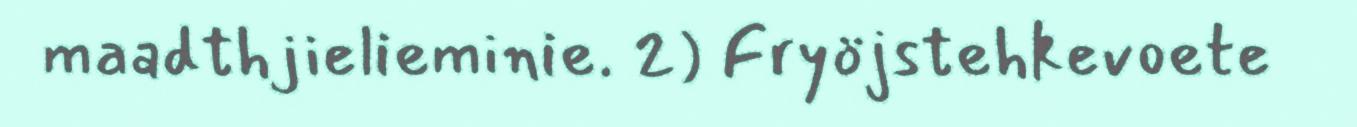
maadthjielieminie. 2) Fryöjstehkevoete